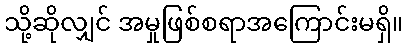
သို့ဆိုလျှင် အမှုဖြစ်စရာအကြောင်းမရှိ။